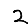
Digit: 2